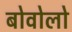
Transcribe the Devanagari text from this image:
बोवोलो